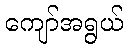
ကျော်အရွယ်